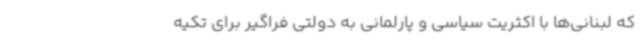
که لبنانی‌ها با اکثریت سیاسی و پارلمانی به دولتی فراگیر برای تکیه